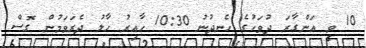
10 ވީ އަންގާރަ ދުވަހުގެ ހެނދުނު 10:30 ހާއިރު ހާލު ދެރަވަމުން ގޮސް